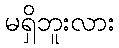
မရှိဘူးလား